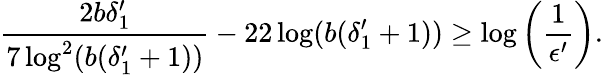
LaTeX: \frac{2b\delta_{1}^{\prime}}{7\log^{2}(b(\delta_{1}^{\prime}+1))}-22\log(b(\delta_{1}^{\prime}+1))\geq\log\left(\frac{1}{\epsilon^{\prime}}\right).